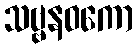
သဗ္ဗနဝကော